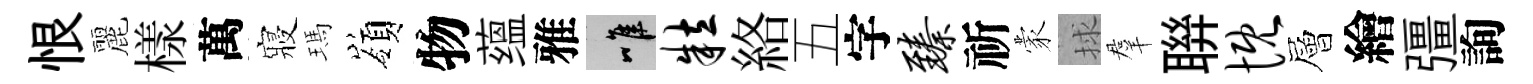
恨麗樣萬寢瑪嶺物蕴雅唯粒絡五字臻祈蒙捄羣聨慨層繪彊詢